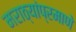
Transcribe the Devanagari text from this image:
मराठ्यांप्रमाणे